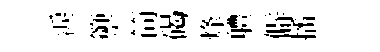
淚籞简碣烽軆僻播